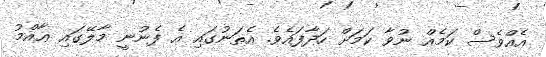
އެއްވެސް ކަމެއް ނުވާ ކަމަށް ހަދާފައެވެ. އެތަނުގައި އެ ފެނުނީ މާލޭގައި ޢާއްމު